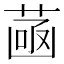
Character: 𦴻